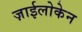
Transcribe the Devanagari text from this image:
ज़ाईलोकेन